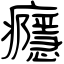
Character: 癮